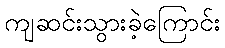
ကျဆင်းသွားခဲ့ကြောင်း